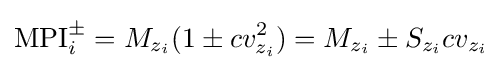
\mathrm {MPI} _{i}^{\pm }=M_{z_{i}}(1\pm cv_{z_{i}}^{2})=M_{z_{i}}\pm S_{z_{i}}cv_{z_{i}}